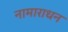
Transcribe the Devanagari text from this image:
नामाराधन